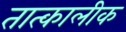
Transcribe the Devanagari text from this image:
तात्‍कालीक